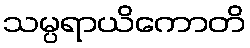
သမ္ပရာယိကောတိ